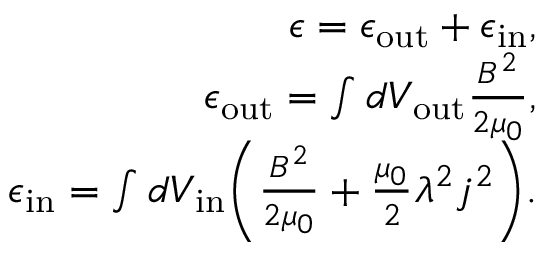
\begin{array} { r l r } & { } & { \epsilon = \epsilon _ { \mathrm { o u t } } + \epsilon _ { \mathrm { i n } } , } \\ & { } & { \epsilon _ { \mathrm { o u t } } = \int d V _ { \mathrm { o u t } } \frac { B ^ { 2 } } { 2 \mu _ { 0 } } , } \\ & { } & { \epsilon _ { \mathrm { i n } } = \int d V _ { \mathrm { i n } } \biggl ( \frac { B ^ { 2 } } { 2 \mu _ { 0 } } + \frac { \mu _ { 0 } } { 2 } \lambda ^ { 2 } j ^ { 2 } \biggr ) . } \end{array}